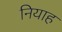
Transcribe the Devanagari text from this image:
नियाह